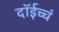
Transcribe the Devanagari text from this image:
दॉईच्चं